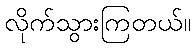
လိုက်သွားကြတယ်။